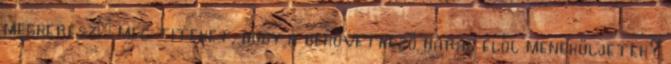
megkeresz− meg titeket, hogy a bekövetkező harag elől meneküljetek?